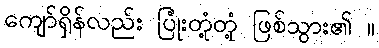
ကျော်ရှိန်လည်း ပြုံးတုံ့တုံ့ ဖြစ်သွား၏ ။